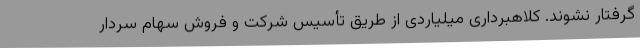
گرفتار نشوند. کلاهبرداری میلیاردی از طریق تأسیس شرکت و فروش سهام سردار